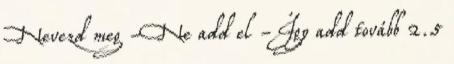
Nevezd meg -Ne add el -Így add tovább 2.5